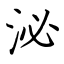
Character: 泌